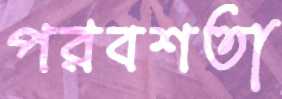
পরবশতা